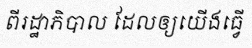
ពីរដ្ឋាភិបាល ដែលឲ្យយើងធ្វើ